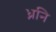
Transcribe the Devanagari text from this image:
ध्ननि